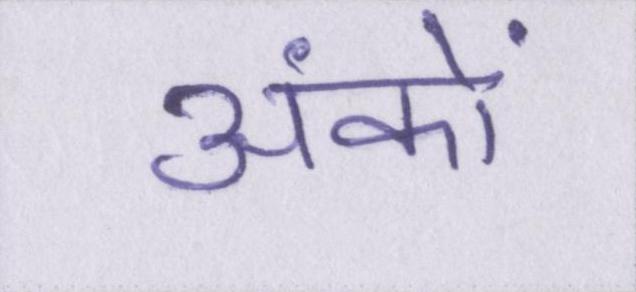
अंकों